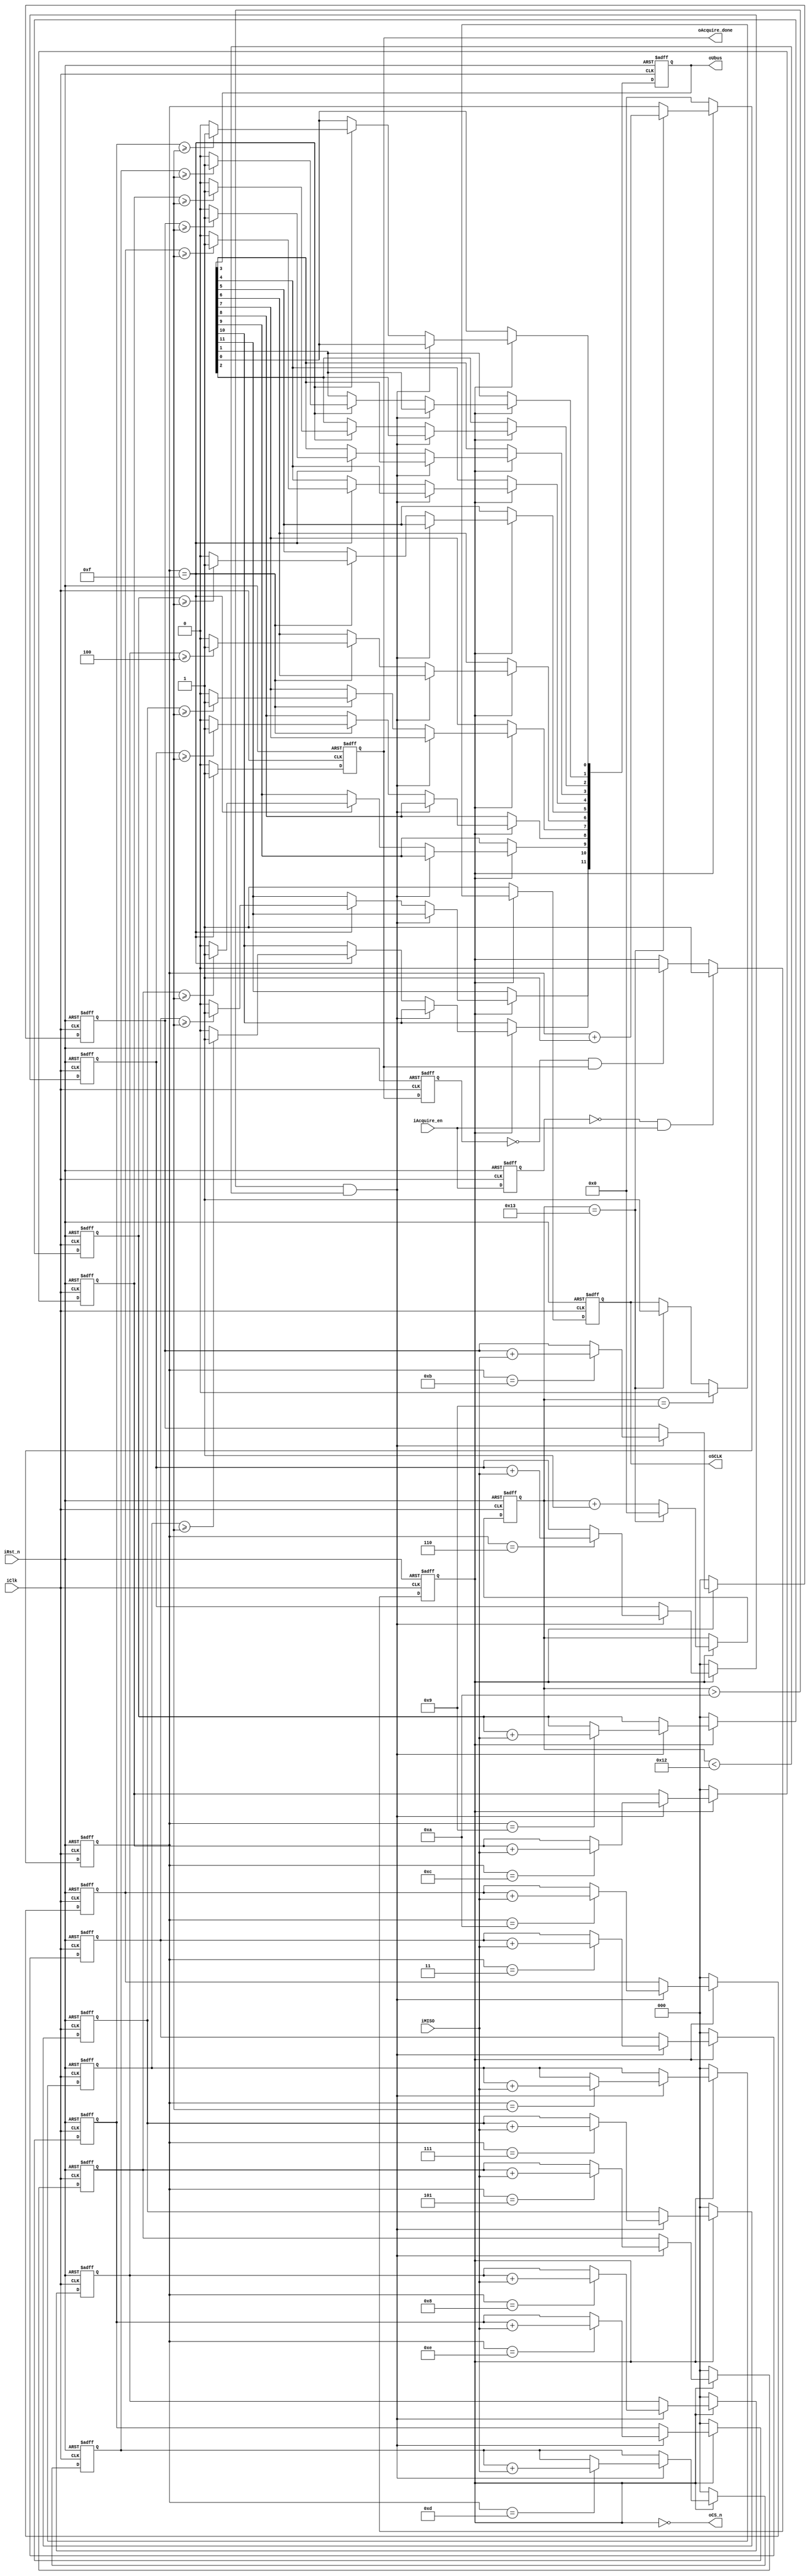
module ADC121S051(
    iClk,//100M
    iRst_n,
    iAcquire_en,
    iMISO,
    oCS_n,
    oSCLK,
    oUbus,
    oAcquire_done
);
    input wire iClk;
    input wire iRst_n;
    input wire iAcquire_en;
    input wire iMISO;
    output wire oCS_n;
    output reg oSCLK;
    output reg [11:0] oUbus;
    output reg oAcquire_done;

    reg nacquire_en_pre_state,nacquire_done_pre_state;
    reg nworking;
    reg [4:0] nsclk_gen_count;
    reg [4:0] nsclk_count;
    reg [2:0] ntemp_0,ntemp_1,ntemp_2,ntemp_3,ntemp_4,ntemp_5,ntemp_6,ntemp_7,ntemp_8,ntemp_9,ntemp_10,ntemp_11;

    assign oCS_n = !nworking;

    always @(posedge iClk or negedge iRst_n) begin
        if(!iRst_n) begin
            nacquire_en_pre_state <= 1'b0;
            nacquire_done_pre_state <= 1'b0;
        end 
        else begin
            nacquire_en_pre_state <= iAcquire_en; 
            nacquire_done_pre_state <= oAcquire_done;
        end
    end

    always @(posedge iClk or negedge iRst_n) begin
        if(!iRst_n) begin
            nworking <= 1'b0;
        end
        else begin
            if((!nacquire_en_pre_state) & iAcquire_en) begin
                nworking <= 1'b1;
            end
            else if((!nacquire_done_pre_state) & oAcquire_done) begin
                nworking <= 1'b0;
            end
            else begin
                nworking <= nworking; 
            end
        end
    end

    always @(posedge iClk or negedge iRst_n) begin
        if(!iRst_n) begin
            nsclk_gen_count <= 5'd0;
        end
        else if(nworking) begin
            if(nsclk_gen_count == 5'd19) begin
                nsclk_gen_count <= 5'd0; 
            end
            else begin
                nsclk_gen_count <= nsclk_gen_count + 1'd1; 
            end
        end
    end

    always @(posedge iClk or negedge iRst_n) begin
        if(!iRst_n) begin
            nsclk_count <= 5'd0;
        end
        else if(nworking) begin
            if(nsclk_gen_count == 5'd19) begin
                nsclk_count <= nsclk_count + 1'd1;
            end
        end
        else begin
            nsclk_count <= 5'd0; 
        end
    end
    
    always @(posedge iClk or negedge iRst_n) begin
        if(!iRst_n) begin
            oAcquire_done <= 1'b0;
        end
        else if(nsclk_count == 5'd15) begin
            oAcquire_done <= 1'b1; 
        end
        else begin
            oAcquire_done <= 1'b0; 
        end
    end

    always @(posedge iClk or negedge iRst_n) begin
        if(!iRst_n) begin
            oSCLK <= 1'b1; 
        end
        else if(nworking) begin
            if(nsclk_gen_count == 5'd9) begin
                oSCLK <= 1'b0; 
            end 
            else if(nsclk_gen_count == 5'd19) begin
                oSCLK <= 1'b1; 
            end
            else begin
                oSCLK <= oSCLK; 
            end
        end
        else begin
            oSCLK <= 1'b1; 
        end
    end

    //rece
    always @(posedge iClk or negedge iRst_n) begin
        if(!iRst_n) begin 
            ntemp_0 <= 3'd0;
            ntemp_1 <= 3'd0;
            ntemp_2 <= 3'd0;
            ntemp_3 <= 3'd0;
            ntemp_4 <= 3'd0;
            ntemp_5 <= 3'd0;
            ntemp_6 <= 3'd0;
            ntemp_7 <= 3'd0;
            ntemp_8 <= 3'd0;
            ntemp_9 <= 3'd0;
            ntemp_10 <= 3'd0;
            ntemp_11 <= 3'd0;
            oUbus <= 12'd0;
        end
        else if(nworking) begin
            if((nsclk_gen_count > 5'd10) & (nsclk_gen_count < 5'd18)) begin
                case (nsclk_count)
                    4'd3:   ntemp_11 <= ntemp_11 + iMISO;
                    4'd4:   ntemp_10 <= ntemp_10 + iMISO;
                    4'd5:   ntemp_9 <= ntemp_9 + iMISO;
                    4'd6:   ntemp_8 <= ntemp_8 + iMISO;
                    4'd7:   ntemp_7 <= ntemp_7 + iMISO;
                    4'd8:   ntemp_6 <= ntemp_6 + iMISO;
                    4'd9:   ntemp_5 <= ntemp_5 + iMISO;
                    4'd10:  ntemp_4 <= ntemp_4 + iMISO;
                    4'd11:  ntemp_3 <= ntemp_3 + iMISO;
                    4'd12:  ntemp_2 <= ntemp_2 + iMISO;
                    4'd13:  ntemp_1 <= ntemp_1 + iMISO;
                    4'd14:  ntemp_0 <= ntemp_0 + iMISO;
                    default: ;
                endcase
            end
            else if(nsclk_count == 5'd15) begin
                oUbus[11] <= (ntemp_11 >= 3'd4) ? 1'b1:1'b0;
                oUbus[10] <= (ntemp_10 >= 3'd4) ? 1'b1:1'b0;
                oUbus[9] <= (ntemp_9 >= 3'd4) ? 1'b1:1'b0;
                oUbus[8] <= (ntemp_8 >= 3'd4) ? 1'b1:1'b0;
                oUbus[7] <= (ntemp_7 >= 3'd4) ? 1'b1:1'b0;
                oUbus[6] <= (ntemp_6 >= 3'd4) ? 1'b1:1'b0;
                oUbus[5] <= (ntemp_5 >= 3'd4) ? 1'b1:1'b0;
                oUbus[4] <= (ntemp_4 >= 3'd4) ? 1'b1:1'b0;
                oUbus[3] <= (ntemp_3 >= 3'd4) ? 1'b1:1'b0;
                oUbus[2] <= (ntemp_2 >= 3'd4) ? 1'b1:1'b0;
                oUbus[1] <= (ntemp_1 >= 3'd4) ? 1'b1:1'b0;
                oUbus[0] <= (ntemp_0 >= 3'd4) ? 1'b1:1'b0;
            end
            else begin
                ntemp_11 <= ntemp_11;
                ntemp_10 <= ntemp_10;
                ntemp_9 <= ntemp_9;
                ntemp_8 <= ntemp_8;
                ntemp_7 <= ntemp_7;
                ntemp_6 <= ntemp_6;
                ntemp_5 <= ntemp_5;
                ntemp_4 <= ntemp_4;
                ntemp_3 <= ntemp_3;
                ntemp_2 <= ntemp_2;
                ntemp_1 <= ntemp_1;
                ntemp_0 <= ntemp_0; 
            end
        end
        else begin
            ntemp_0 <= 3'd0;
            ntemp_1 <= 3'd0;
            ntemp_2 <= 3'd0;
            ntemp_3 <= 3'd0;
            ntemp_4 <= 3'd0;
            ntemp_5 <= 3'd0;
            ntemp_6 <= 3'd0;
            ntemp_7 <= 3'd0;
            ntemp_8 <= 3'd0;
            ntemp_9 <= 3'd0;
            ntemp_10 <= 3'd0;
            ntemp_11 <= 3'd0;
        end
    end

endmodule